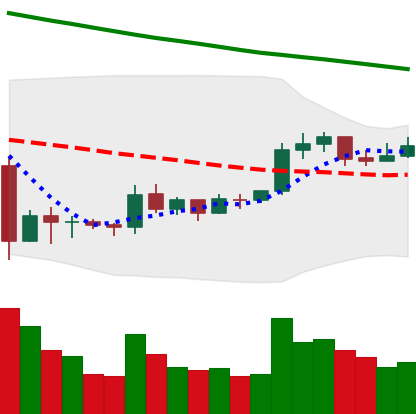
Ticker: XRP-USD
Chart end date: 2019-10-13
Forward return: 6.207%
Label: up_5_7